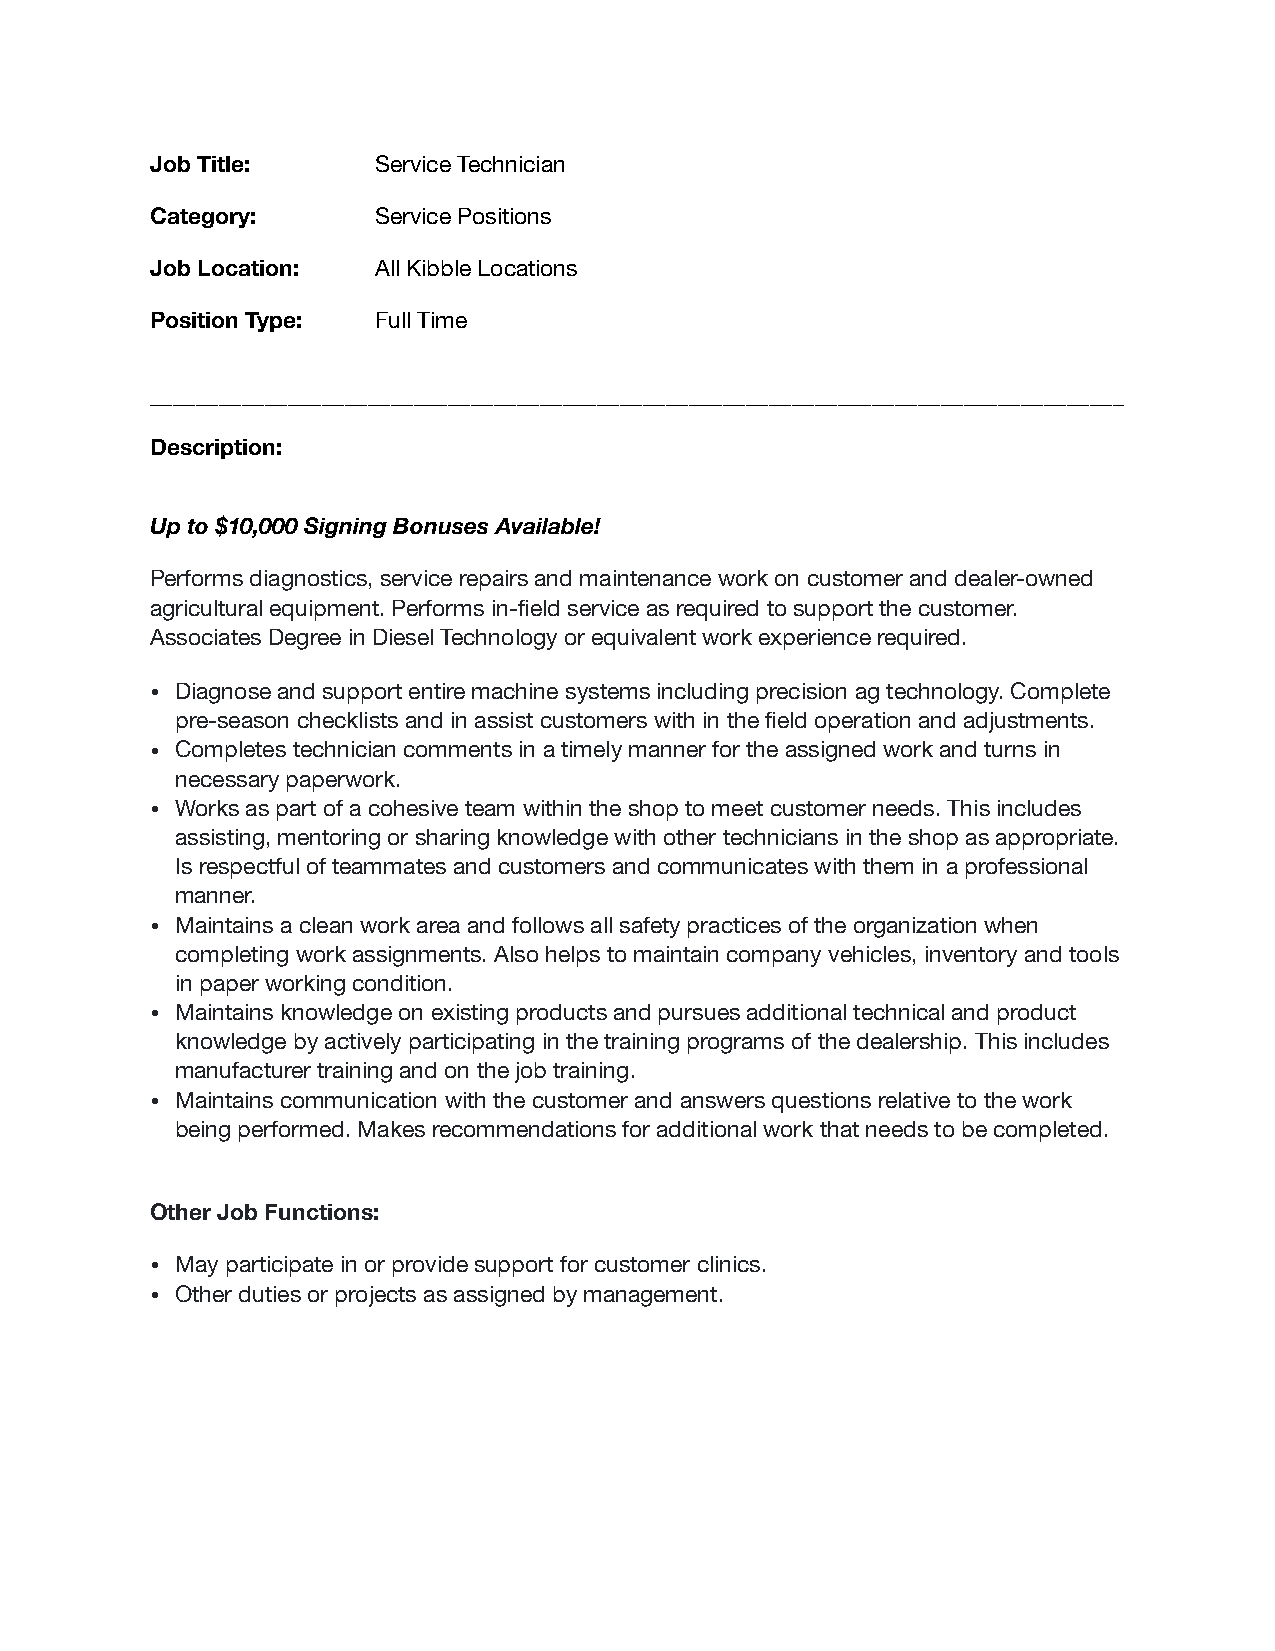
Job Title:     Service Technician
 Category:      Service Positions
 Job Location:  All Kibble Locations
 Position Type: Full Time
 _____________________________________________________________________________________
 Description:
 Up to $10,000 Signing Bonuses Available!
 Performs diagnostics, service repairs and maintenance work on customer and dealer-owned
 agricultural equipment. Performs in-field service as required to support the customer.
 Associates Degree in Diesel Technology or equivalent work experience required.
 • Diagnose and support entire machine systems including precision ag technology. Complete
 pre-season checklists and in assist customers with in the field operation and adjustments.
 • Completes technician comments in a timely manner for the assigned work and turns in
 necessary paperwork.
 • Works as part of a cohesive team within the shop to meet customer needs. This includes
 assisting, mentoring or sharing knowledge with other technicians in the shop as appropriate.
 Is respectful of teammates and customers and communicates with them in a professional
 manner.
 • Maintains a clean work area and follows all safety practices of the organization when
 completing work assignments. Also helps to maintain company vehicles, inventory and tools
 in paper working condition.
 • Maintains knowledge on existing products and pursues additional technical and product
 knowledge by actively participating in the training programs of the dealership. This includes
 manufacturer training and on the job training.
 • Maintains communication with the customer and answers questions relative to the work
 being performed. Makes recommendations for additional work that needs to be completed.
 Other Job Functions:
 • May participate in or provide support for customer clinics.
 • Other duties or projects as assigned by management.